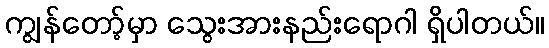
ကျွန်တော့်မှာ သွေးအားနည်းရောဂါ ရှိပါတယ်။